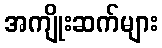
အကျိုးဆက်များ